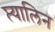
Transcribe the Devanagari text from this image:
प्त्यालिन